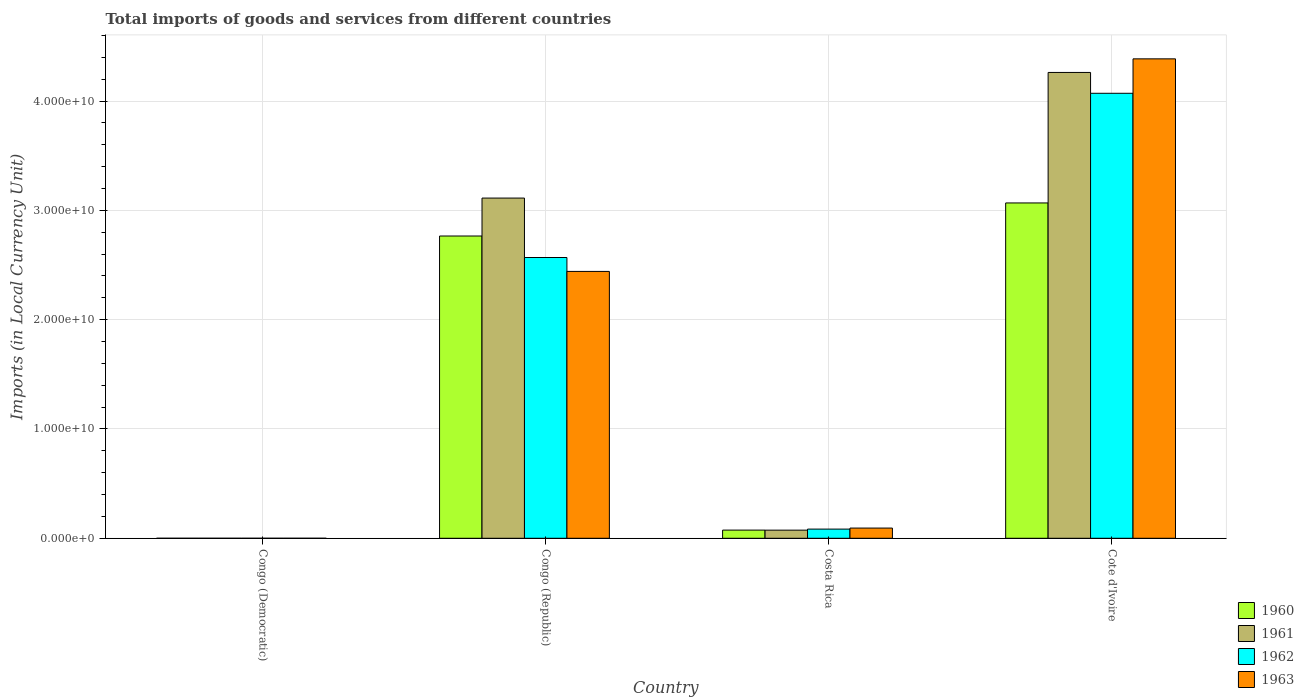
| Country | 1960 | 1961 | 1962 | 1963 |
 | --- | --- | --- | --- | --- |
 | Congo (Democratic) | 0.000111 | 5.07e-05 | 5.91e-05 | 0.000497 |
 | Congo (Republic) | 2.77e+10 | 3.11e+10 | 2.57e+10 | 2.44e+10 |
 | Costa Rica | 7.49e+08 | 7.44e+08 | 8.4e+08 | 9.34e+08 |
 | Cote d'Ivoire | 3.07e+10 | 4.26e+10 | 4.07e+10 | 4.39e+10 |